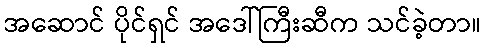
အဆောင် ပိုင်ရှင် အဒေါ်ကြီးဆီက သင်ခဲ့တာ။